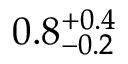
0 . 8 _ { - 0 . 2 } ^ { + 0 . 4 }